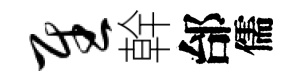
慰幹邰儒